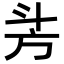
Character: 𣃜